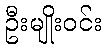
ဦးမျိုးဝင်း